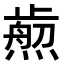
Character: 𤎴